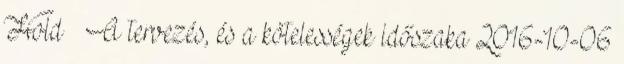
Hold – A tervezés, és a kötelességek időszaka 2016-10-06